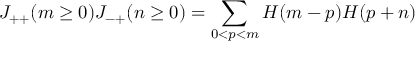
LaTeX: J _ { + + } ( m \ge 0 ) J _ { - + } ( n \ge 0 ) = \sum _ { 0 < p < m } H ( m - p ) H ( p + n )